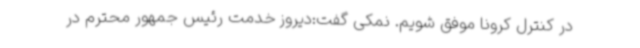
در کنترل کرونا موفق شویم. نمکی گفت:دیروز خدمت رئیس جمهور محترم در